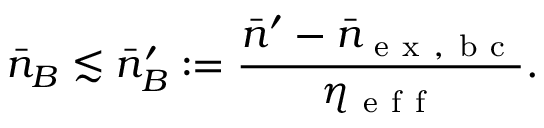
\bar { n } _ { B } \lesssim \bar { n } _ { B } ^ { \prime } : = \frac { \bar { n } ^ { \prime } - \bar { n } _ { \mathrm { ~ e ~ x ~ , ~ b ~ c ~ } } } { \eta _ { \mathrm { ~ e ~ f ~ f ~ } } } .